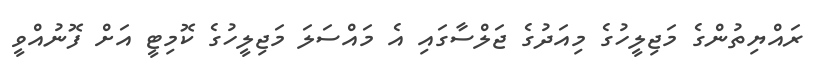
ރައްޔިތުންގެ މަޖިލީހުގެ މިއަދުގެ ޖަލްސާގައި އެ މައްސަލަ މަޖިލީހުގެ ކޮމިޓީ އަށް ފޮނުއްވީ